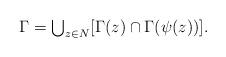
LaTeX: \begin{align*}\Gamma=\mbox{$\bigcup_{z\in N}$}[\Gamma(z)\cap \Gamma(\psi(z))].\end{align*}